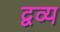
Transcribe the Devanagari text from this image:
द्वव्य